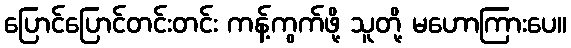
ပြောင်ပြောင်တင်းတင်း ကန့်ကွက်ဖို့ သူတို့ မဟောကြားပေ။